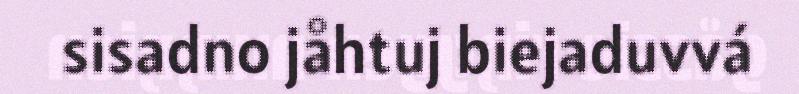
sisadno jåhtuj biejaduvvá